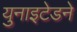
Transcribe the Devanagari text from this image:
युनाइटेडने